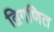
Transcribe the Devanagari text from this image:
द्विगणित